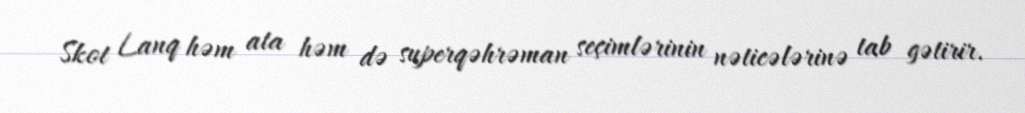
Skot Lanq həm ata həm də superqəhrəman seçimlərinin nəticələrinə tab gətirir.